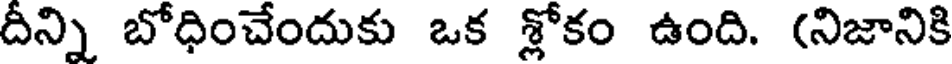
దీన్ని బోధించేందుకు ఒక శ్లోకం ఉంది. (నిజానికి